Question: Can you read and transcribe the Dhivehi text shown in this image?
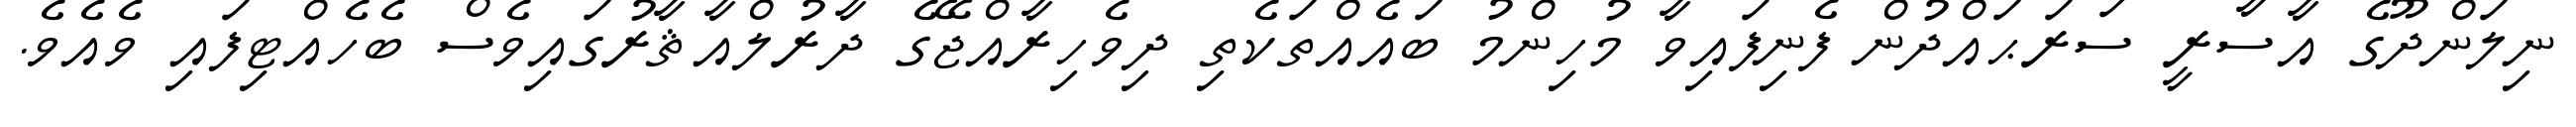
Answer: ނިލަންދޫގެ އާސާރީ ސަރަޙައްދުން ފެނިފައިވާ މުހިންމު ބައެއްތަކެތި ދިވެހިރާއްޖޭގެ ދާރުލްއާޘާރުގައިވެސް ބެހެއްޓިފައި ވެއެވެ.